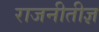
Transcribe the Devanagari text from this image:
राजनीतीज्ञ